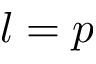
l = p